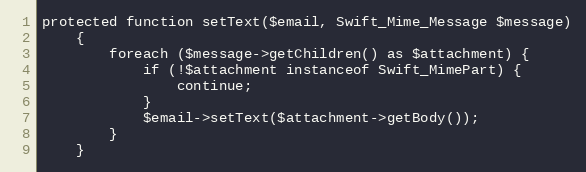
Language: PHP
protected function setText($email, Swift_Mime_Message $message)
	{
		foreach ($message->getChildren() as $attachment) {
			if (!$attachment instanceof Swift_MimePart) {
				continue;
			}
			$email->setText($attachment->getBody());
		}
	}